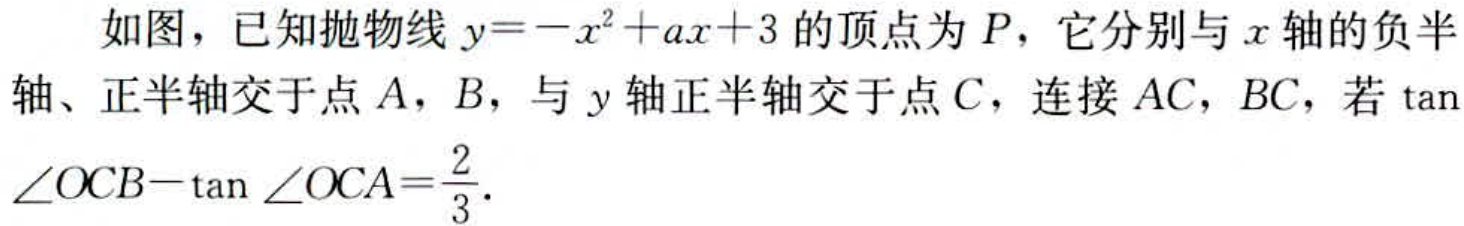
如图，已知抛物线\(y = -x^{2}+ax + 3\)的顶点为\(P\)，它分别与\(x\)轴的负半轴、正半轴交于点\(A\)，\(B\)，与\(y\)轴正半轴交于点\(C\)，连接\(AC\)，\(BC\)，若\(\tan\angle OCB - \tan\angle OCA=\frac{2}{3}\).